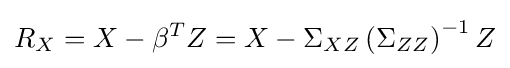
R_{X}=X-\beta ^{T}Z=X-\Sigma _{XZ}\left(\Sigma _{ZZ}\right)^{-1}Z